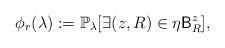
LaTeX: \begin{align*} \phi_r(\lambda):=\mathbb P_\lambda[\exists (z,R)\in\eta \mathsf B_R^z],\end{align*}